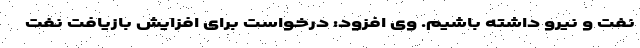
نفت و نیرو داشته باشیم. وی افزود: درخواست برای افزایش بازیافت نفت